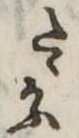
たゝかふ